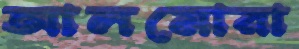
আলমোরা